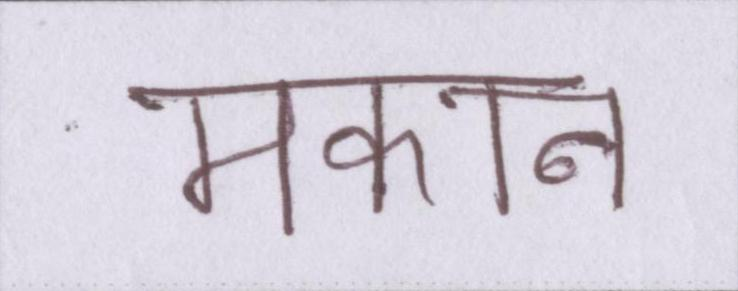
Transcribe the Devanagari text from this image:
मकान